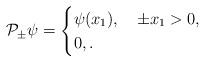
LaTeX: \begin{align*}\mathcal{P}_\pm\psi=\begin{cases}\psi(x_1),\quad\pm x_1>0,\\0,.\end{cases}\end{align*}